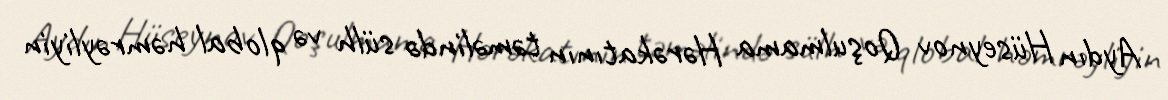
Aydın Hüseynov Qoşulmama Hərəkatının təməlində sülh və qlobal həmrəyliyin